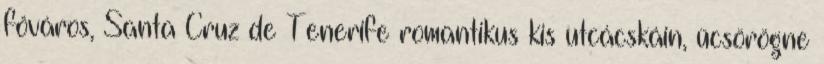
főváros, Santa Cruz de Tenerife romantikus kis utcácskáin, ücsörögne